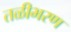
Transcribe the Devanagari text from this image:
तळीभरण